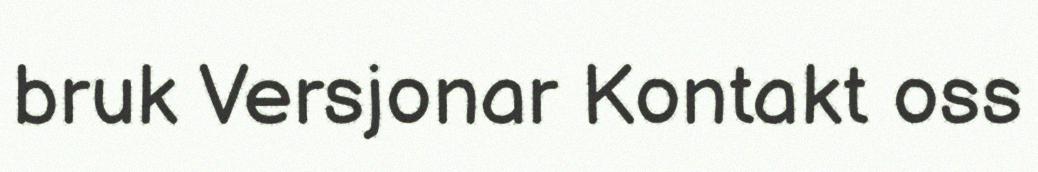
bruk Versjonar Kontakt oss